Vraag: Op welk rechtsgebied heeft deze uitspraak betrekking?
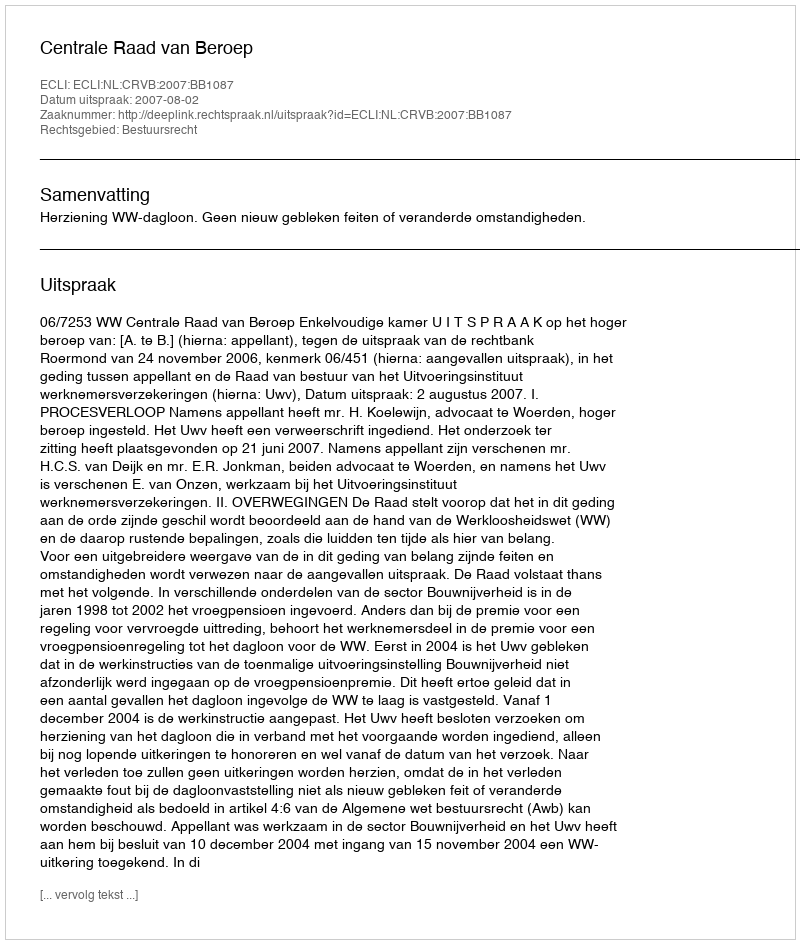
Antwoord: Bestuursrecht